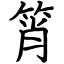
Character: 筲